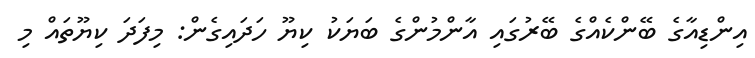
އިންޑިއާގެ ބޭންކެއްގެ ބޭރުގައި އާންމުންގެ ބަޔަކު ކިޔޫ ހަދައިގެން: މިފަދަ ކިޔޫތައް މި